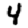
Digit: 4